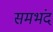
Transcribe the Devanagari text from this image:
समभंद